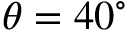
\theta = 4 0 ^ { \circ }